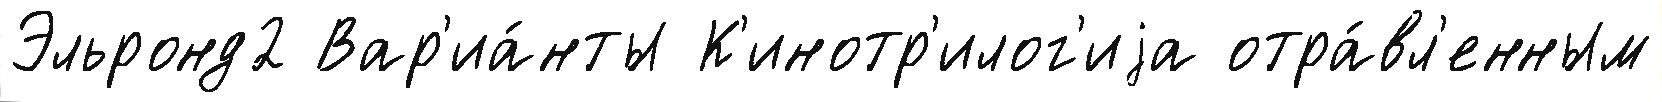
Эльронд2 Вар'иа́нты К'инотр'илог'иjа отра́вл'енным